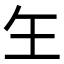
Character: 玍